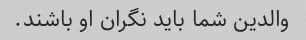
والدین شما باید نگران او باشند.